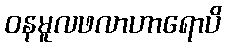
ဝနမူလဖလာဟာရောပိ